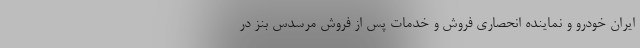
ایران خودرو و نماینده انحصاری فروش و خدمات پس از فروش مرسدس بنز در